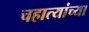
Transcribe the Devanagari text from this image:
चहात्यांच्या